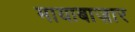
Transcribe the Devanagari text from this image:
मायाबाज़ार